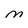
Character: M